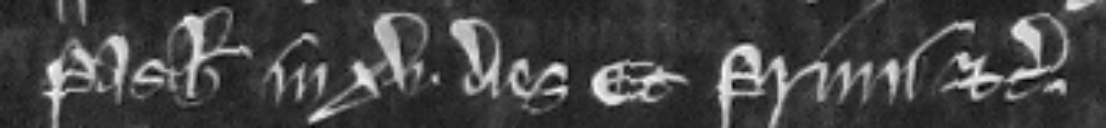
Pasche in xv dies Et primi etc.